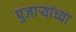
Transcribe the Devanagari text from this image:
पुजाऱ्यांच्या